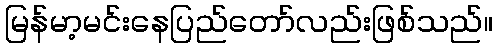
မြန်မာ့မင်းနေပြည်တော်လည်းဖြစ်သည်။